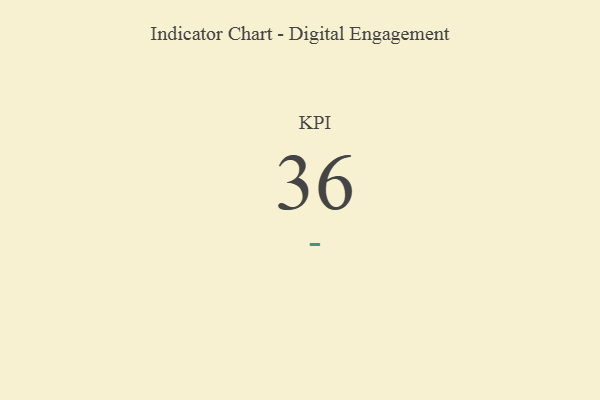
{"axis": {"x": "KPI", "y": "Value"}, "legend": [""], "data": [{"x": "KPI", "y": 36, "type": ""}]}